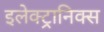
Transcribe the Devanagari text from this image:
इलेक्‍ट्रानिक्‍स